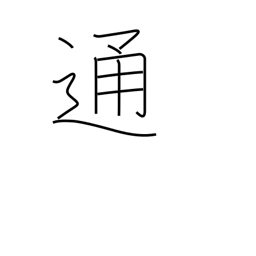
Meaning: counter for letters, notes, documents, etc.